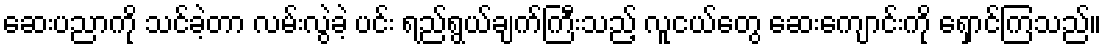
ဆေးပညာကို သင်ခဲ့တာ လမ်းလွဲခဲ့ ပင်း ရည်ရွယ်ချက်ကြီးသည့် လူငယ်တွေ ဆေးကျောင်းကို ရှောင်ကြသည်။